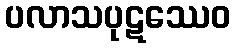
ပလာသပုဋဿေဝ